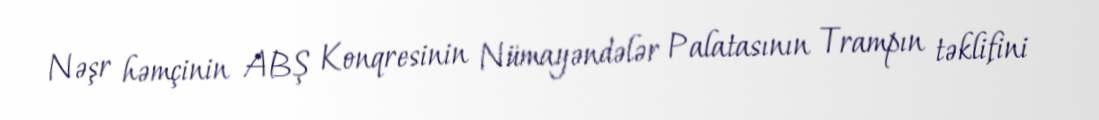
Nəşr həmçinin ABŞ Konqresinin Nümayəndələr Palatasının Trampın təklifini